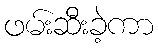
ဖမ်းဆီးခဲ့ကာ